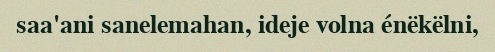
saa'ani sanelemahan, ideje volna énëkëlni,